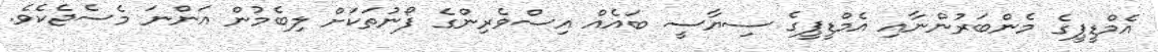
އެމްޑީޕީގެ މެންބަރުންނާއި އެމްޑީޕީގެ ސިޔާސީ ބައެއް އިސްވެރިންގެ ފޯނުތަކަށް ލިބެމުން އަންނަ މެސެޖެކެވެ.